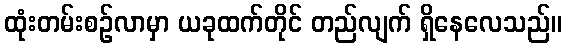
ထုံးတမ်းစဉ်လာမှာ ယခုထက်တိုင် တည်လျက် ရှိနေလေသည်။